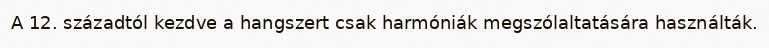
A 12. századtól kezdve a hangszert csak harmóniák megszólaltatására használták.